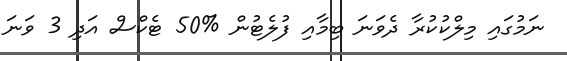
ނަމުގައި މިލްކުކުރާ ދެވަނަ ބިމާއި ފުލެޓުން %50 ޓެކްސް އަދި 3 ވަނަ